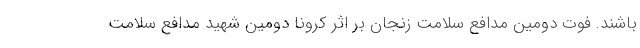
باشند. فوت دومین مدافع سلامت زنجان بر اثر کرونا دومین شهید مدافع سلامت